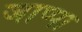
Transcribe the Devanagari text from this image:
जाप्पा